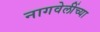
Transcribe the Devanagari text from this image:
नागवेलींच्या